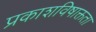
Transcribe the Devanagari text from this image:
प्रकाशविषाक्तता